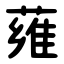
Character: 䔨